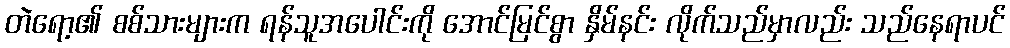
တဲရော့၏ စစ်သားများက ရန်သူအပေါင်းကို အောင်မြင်စွာ နှိမ်နင်း လိုက်သည်မှာလည်း သည်နေရာပင်